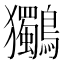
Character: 𮭞